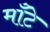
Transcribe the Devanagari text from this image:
मॉँटे